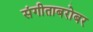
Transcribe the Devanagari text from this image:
संगीताबरोबर